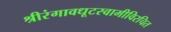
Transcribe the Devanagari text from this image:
श्रीरंगावधूटस्वामीविरचित